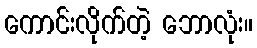
ကောင်းလိုက်တဲ့ ဘောလုံး။